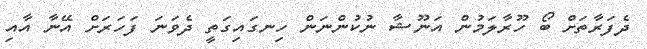
ދެފަރާތަށް ބޯ ހޫރާލަމުން އަނޫޝާ ނުކުންނަން ހިނގައިގަތީ ދެވަނަ ފަހަރަށް އޭނާ އާއި